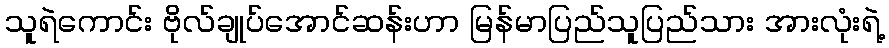
သူရဲကောင်း ဗိုလ်ချုပ်အောင်ဆန်းဟာ မြန်မာပြည်သူပြည်သား အားလုံးရဲ့